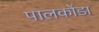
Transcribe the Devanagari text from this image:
पालकोंडा